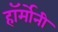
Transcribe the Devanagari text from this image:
हॉर्मोनी